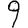
Digit: 9